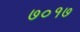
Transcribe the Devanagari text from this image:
७०१७